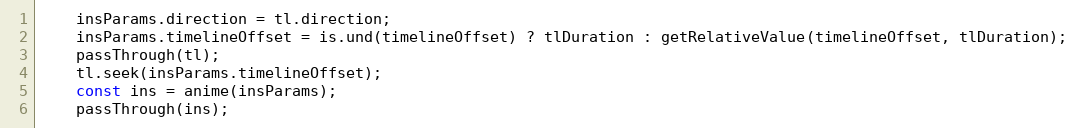
Language: JavaScript
    insParams.direction = tl.direction;
    insParams.timelineOffset = is.und(timelineOffset) ? tlDuration : getRelativeValue(timelineOffset, tlDuration);
    passThrough(tl);
    tl.seek(insParams.timelineOffset);
    const ins = anime(insParams);
    passThrough(ins);